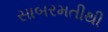
સાબરમતીથી